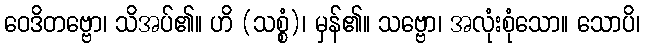
ဝေဒိတဗ္ဗော၊ သိအပ်၏။ ဟိ (သစ္စံ)၊ မှန်၏။ သဗ္ဗော၊ အလုံးစုံသော။ သောပိ၊